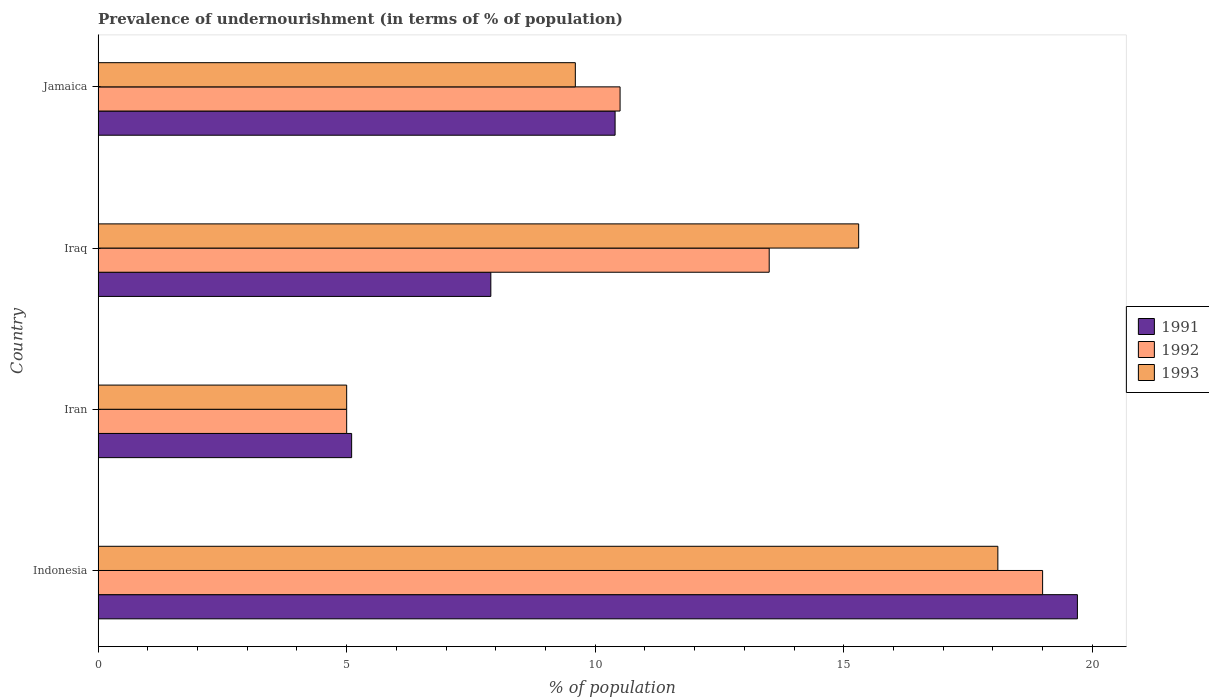
| Country | 1991 | 1992 | 1993 |
 | --- | --- | --- | --- |
 | Indonesia | 19.7 | 19 | 18.1 |
 | Iran | 5.1 | 5 | 5 |
 | Iraq | 7.9 | 13.5 | 15.3 |
 | Jamaica | 10.4 | 10.5 | 9.6 |